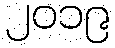
၂၀၁၉